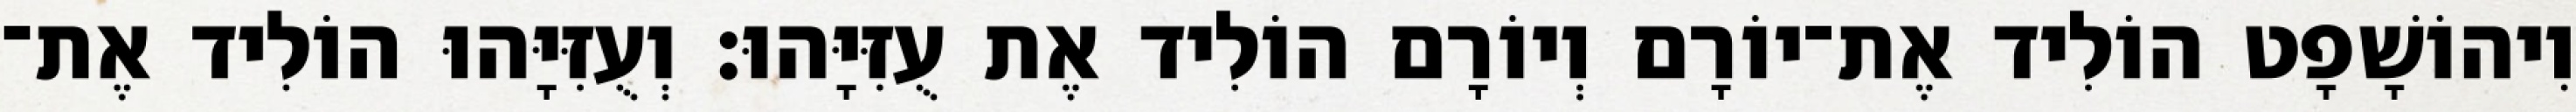
וִיהוֹשָׁפָט הוֹלִיד אֶת־יוֹרָם וְיוֹרָם הוֹלִיד אֶת עֻזִּיָּהוּ׃ וְעֻזִּיָּהוּ הוֹלִיד אֶת־